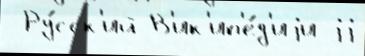
 Ру́сск'ий В'ик'ип'е́д'иjи jj